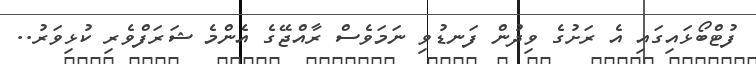
ފުޓްބޯޅައިގައި އެ ރަށުގެ ވިދުން ފަނޑުވި ނަމަވެސް ރާއްޖޭގެ އެންމެ ޝަރަފްވެރި ކުޅިވަރު..